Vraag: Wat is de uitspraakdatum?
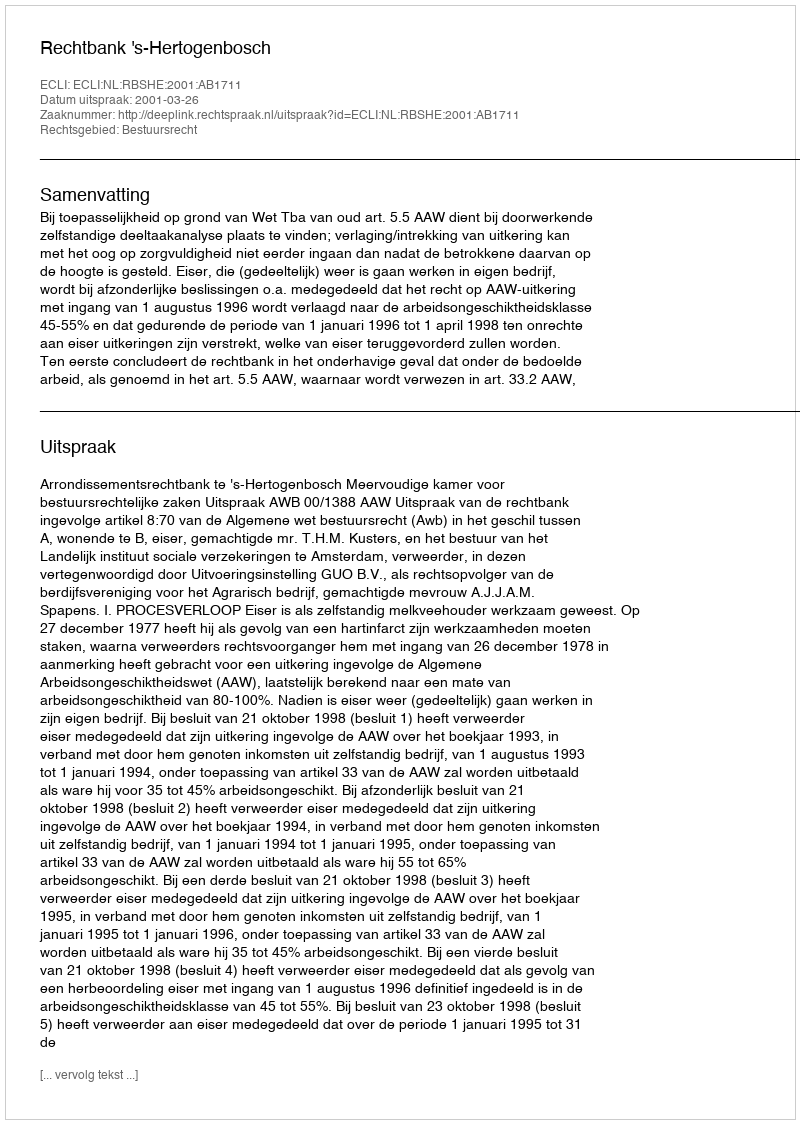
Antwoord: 2001-03-26